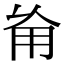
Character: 𠃰